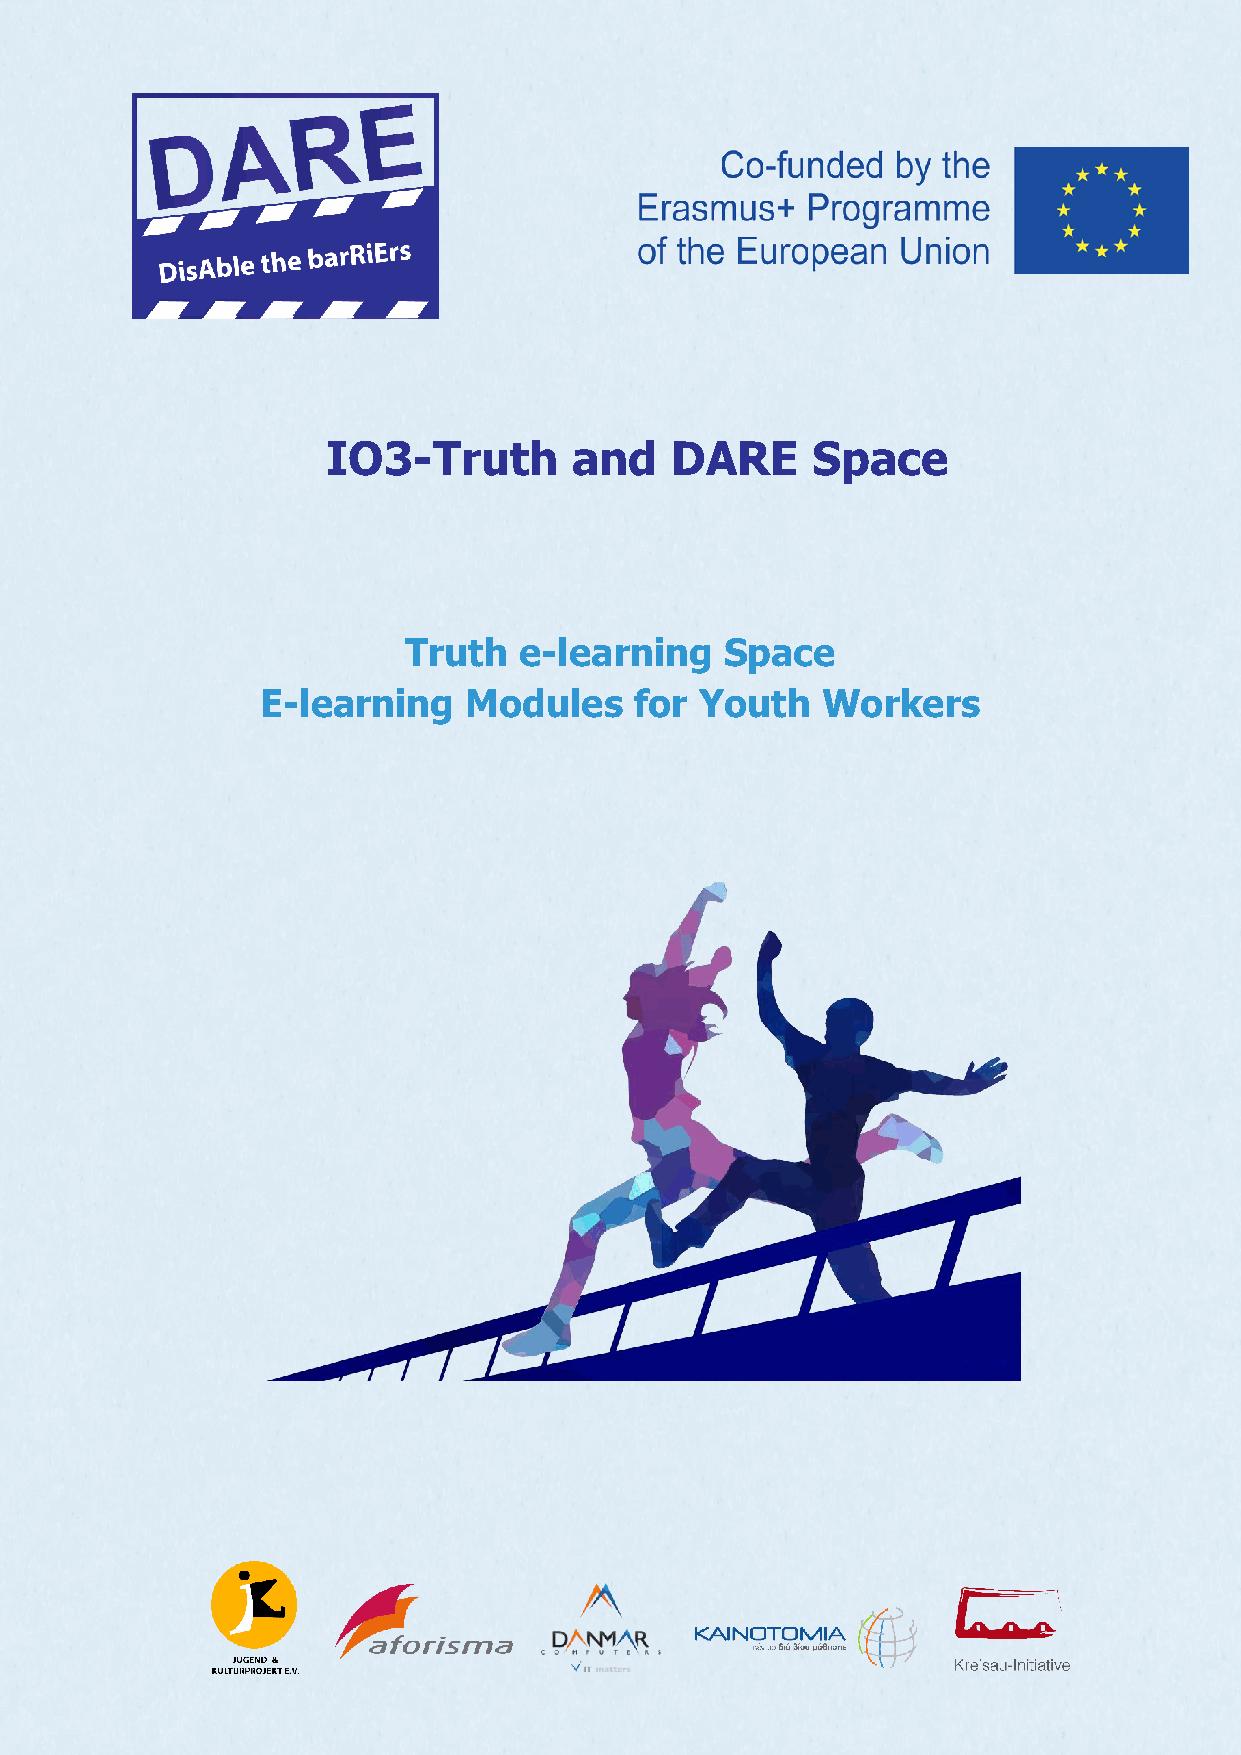
IO3- Module 1: Rise to challenges, overcome barriers and succeed: How to mobilise your
 young PwVHPI peers?
 IO3-Truth       and   DARE      Space
 Truth  e-learning    Space
 E-learning    Modules    for Youth   Workers
 0
 Kreisau-Initiative e. V.